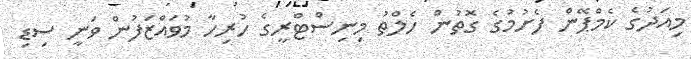
މިއަދުގެ ކެމްޕޭން ފެށުމުގެ ގޮތުން ހެލްތު މިނިސްޓްރީގެ ހުރިހާ މުވައްޒަފުން ވަނީ ސިޑި